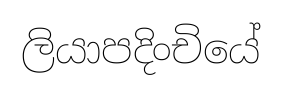
ලියාපදිංචියේ